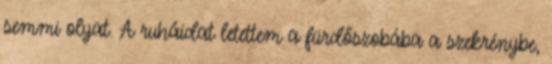
semmi olyat. A ruháidat letettem a fürdőszobába a szekrénybe,